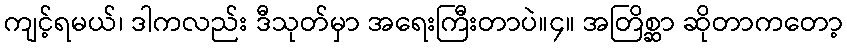
ကျင့်ရမယ်၊ ဒါကလည်း ဒီသုတ်မှာ အရေးကြီးတာပဲ။၄။ အတြိစ္ဆာ ဆိုတာကတော့